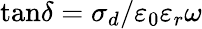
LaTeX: \tan\! \delta=\sigma_{d}/\varepsilon_{0}\varepsilon_{r}\omega